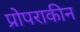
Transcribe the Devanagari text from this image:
प्रोपराकीन